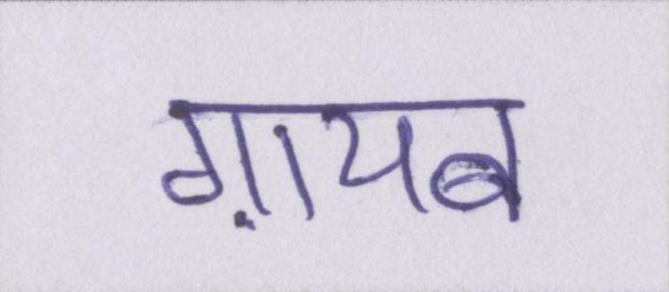
ग़ायब